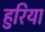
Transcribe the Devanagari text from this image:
हुरिया